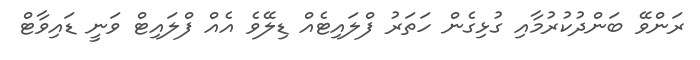
ރަންވޭ ބަންދުކުރުމާއި ގުޅިގެން ހަތަރު ފްލައިޓެއް ޑިލޭވެ އެއް ފްލައިޓް ވަނީ ޑައިވާޓް